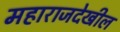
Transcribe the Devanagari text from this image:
महाराजदेखील